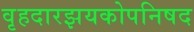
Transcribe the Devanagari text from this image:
वृहदारझयकोपनिषद